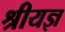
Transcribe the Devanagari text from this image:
श्रीयज्ञ